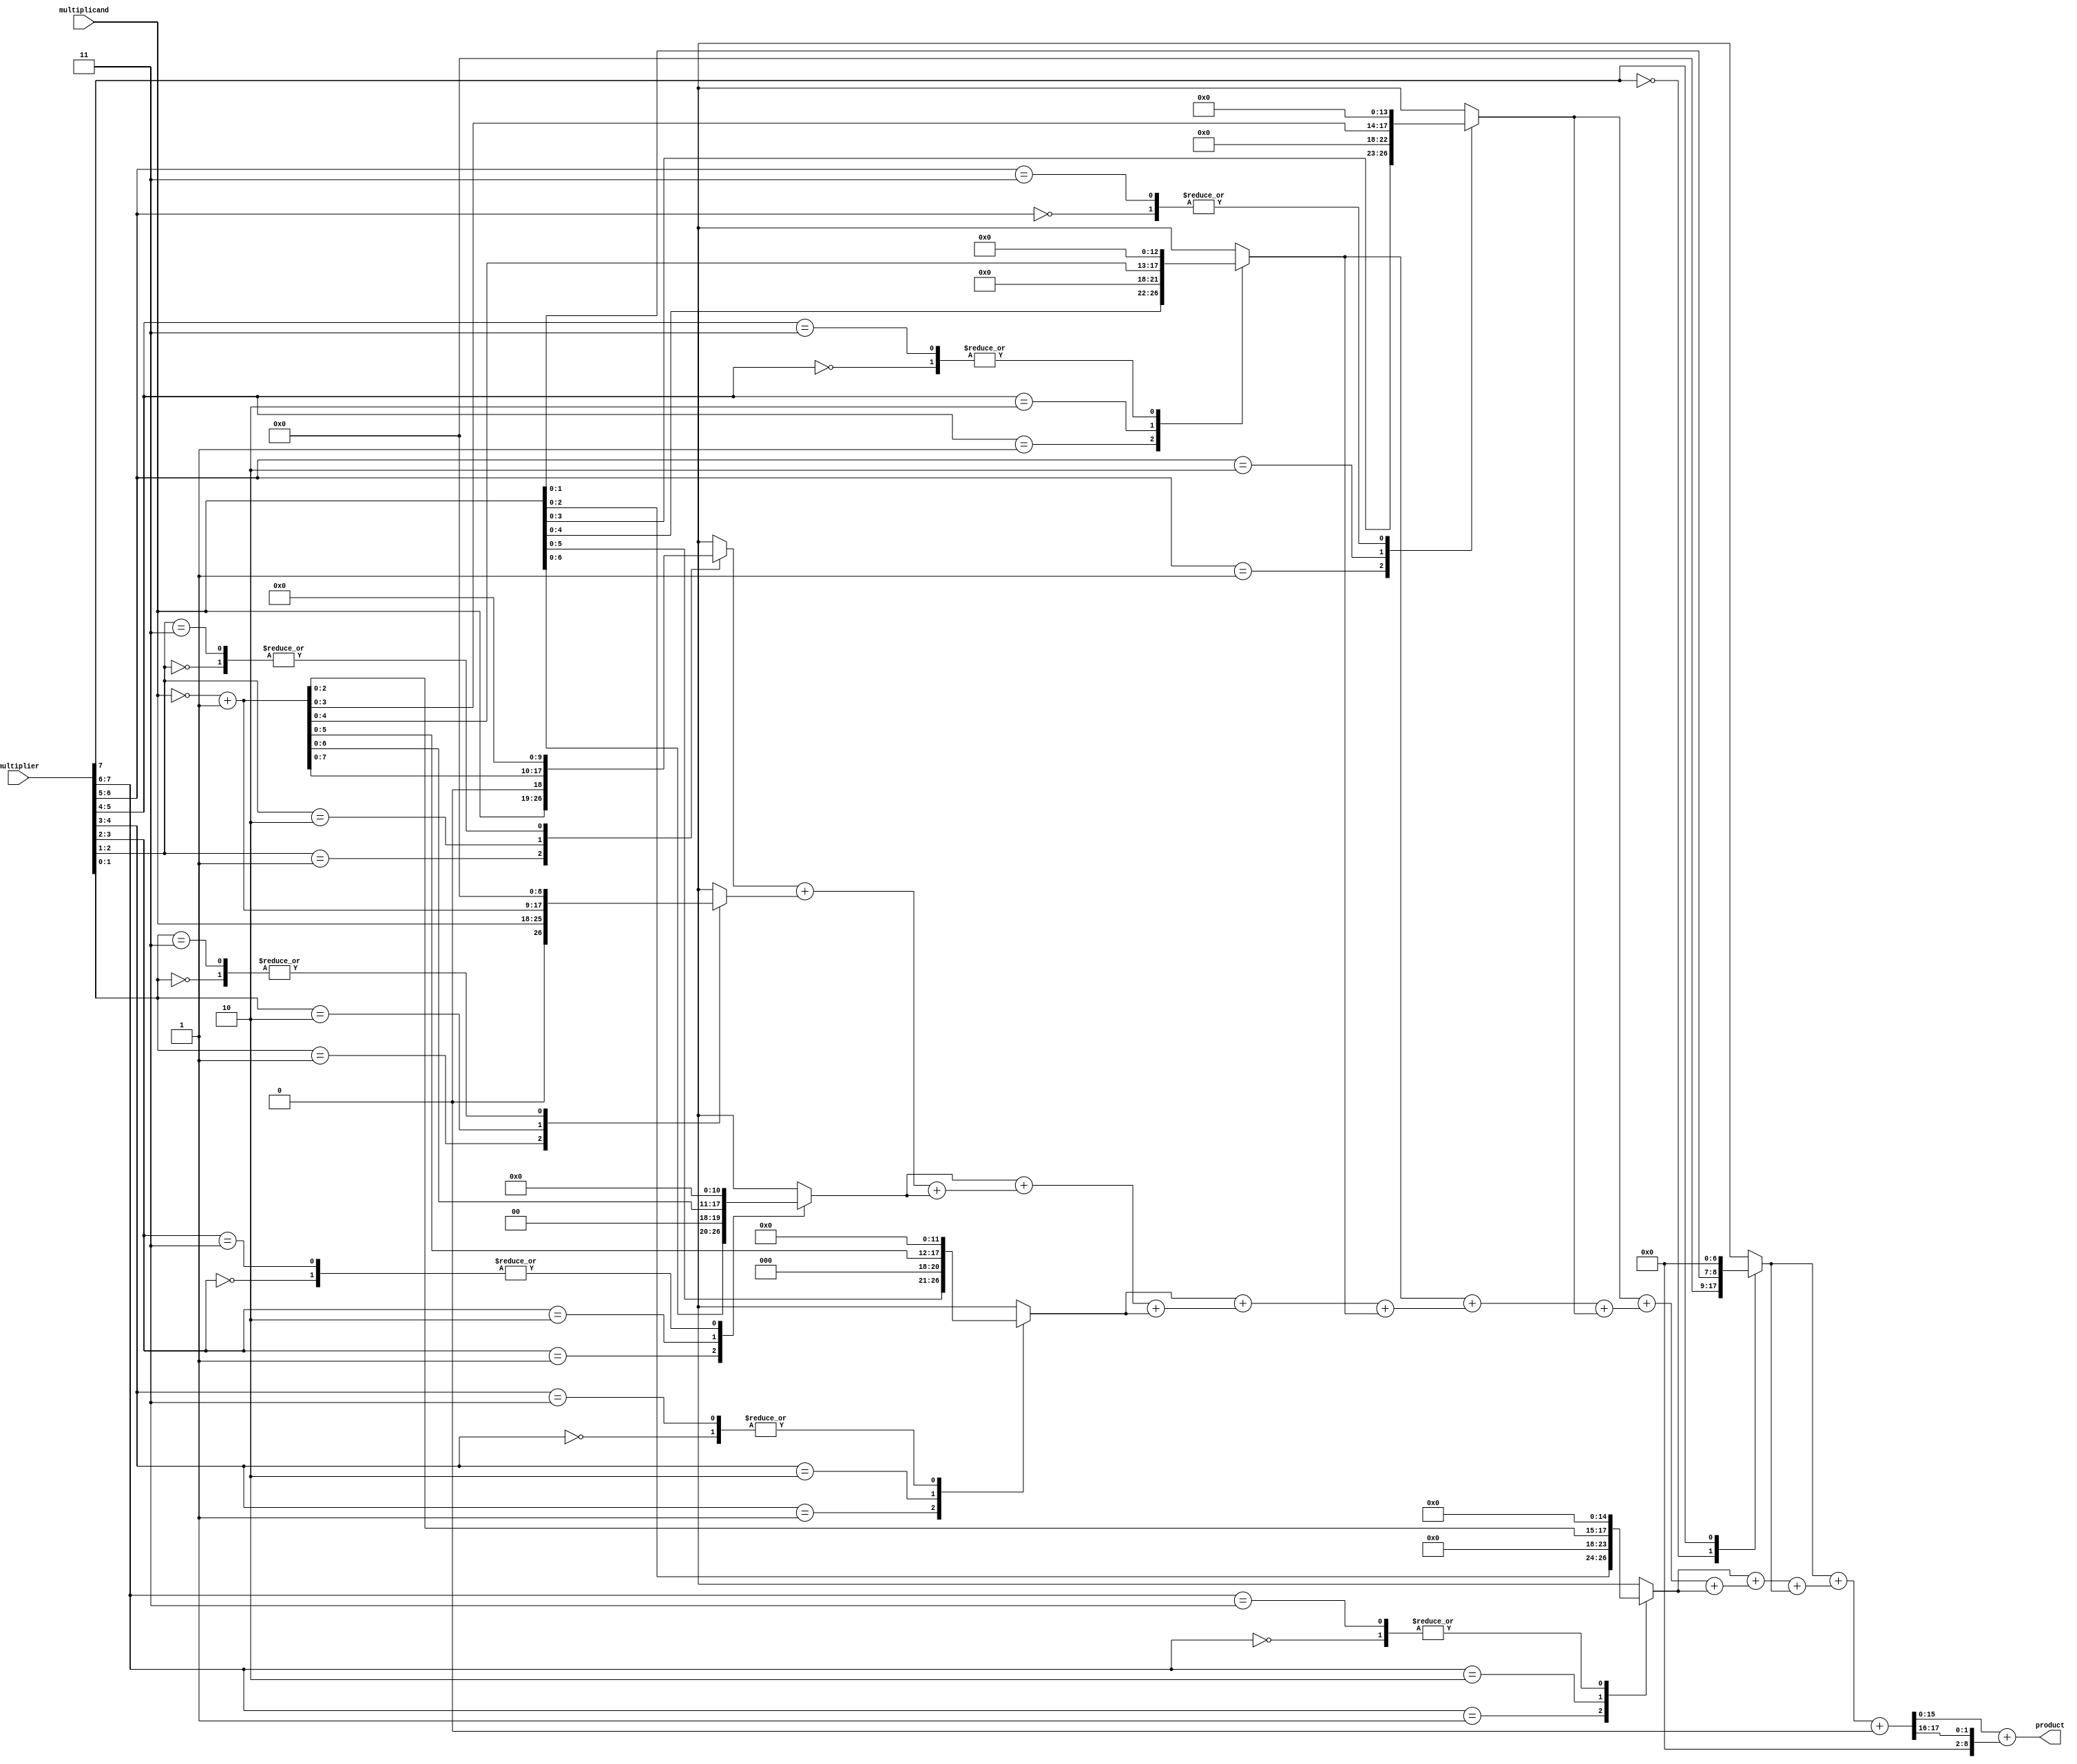
module booth_multiplier #(parameter WIDTH = 8) (
    input  wire [WIDTH-1:0] multiplicand,
    input  wire [WIDTH-1:0] multiplier,
    output wire [2*WIDTH-1:0] product
);
    
    // Booth Encoding
    reg [WIDTH:0] booth_multiplier_reg;
    reg [WIDTH:0] booth_multiplicand_reg;
    reg [WIDTH:0] partial_products [0:WIDTH-1];
    integer i;

    always @(*) begin
        // Initialize registers
        booth_multiplier_reg = {1'b0, multiplier}; // Extra bit for Booth encoding
        booth_multiplicand_reg = {1'b0, multiplicand}; // Extra bit for sign extension
        
        // Generate partial products
        for (i = 0; i < WIDTH; i = i + 1) begin
            case (booth_multiplier_reg[i+1:i])
                2'b00: partial_products[i] = 0;
                2'b01: partial_products[i] = booth_multiplicand_reg << i;
                2'b10: partial_products[i] = ~booth_multiplicand_reg + 1'b1 << i; // Negation of the multiplicand
                2'b11: partial_products[i] = 0; // No operation for two 1's
            endcase
        end
    end

    // Wallace Tree Reduction
    wire [2*WIDTH-1:0] reduced_sum;
    wire [WIDTH:0] carry_out;

    // Stage 1: Sum the partial products
    wire [2*WIDTH-1:0] sum_stage1 [0:WIDTH-1];
    wire [WIDTH:0] carry_stage1 [0:WIDTH-1];

    assign sum_stage1[0] = partial_products[0];

    generate
        genvar j;
        for (j = 1; j < WIDTH; j = j + 1) begin: pp_add
            // Full Adder logic for three inputs
            assign {carry_stage1[j], sum_stage1[j]} = partial_products[j] + sum_stage1[j-1] + (j < WIDTH-1 ? partial_products[j+1] : 0);
        end
    endgenerate

    // Final addition of reduced results
    assign reduced_sum = sum_stage1[WIDTH-1] + carry_stage1[WIDTH-1];

    // Output
    assign product = reduced_sum;

endmodule